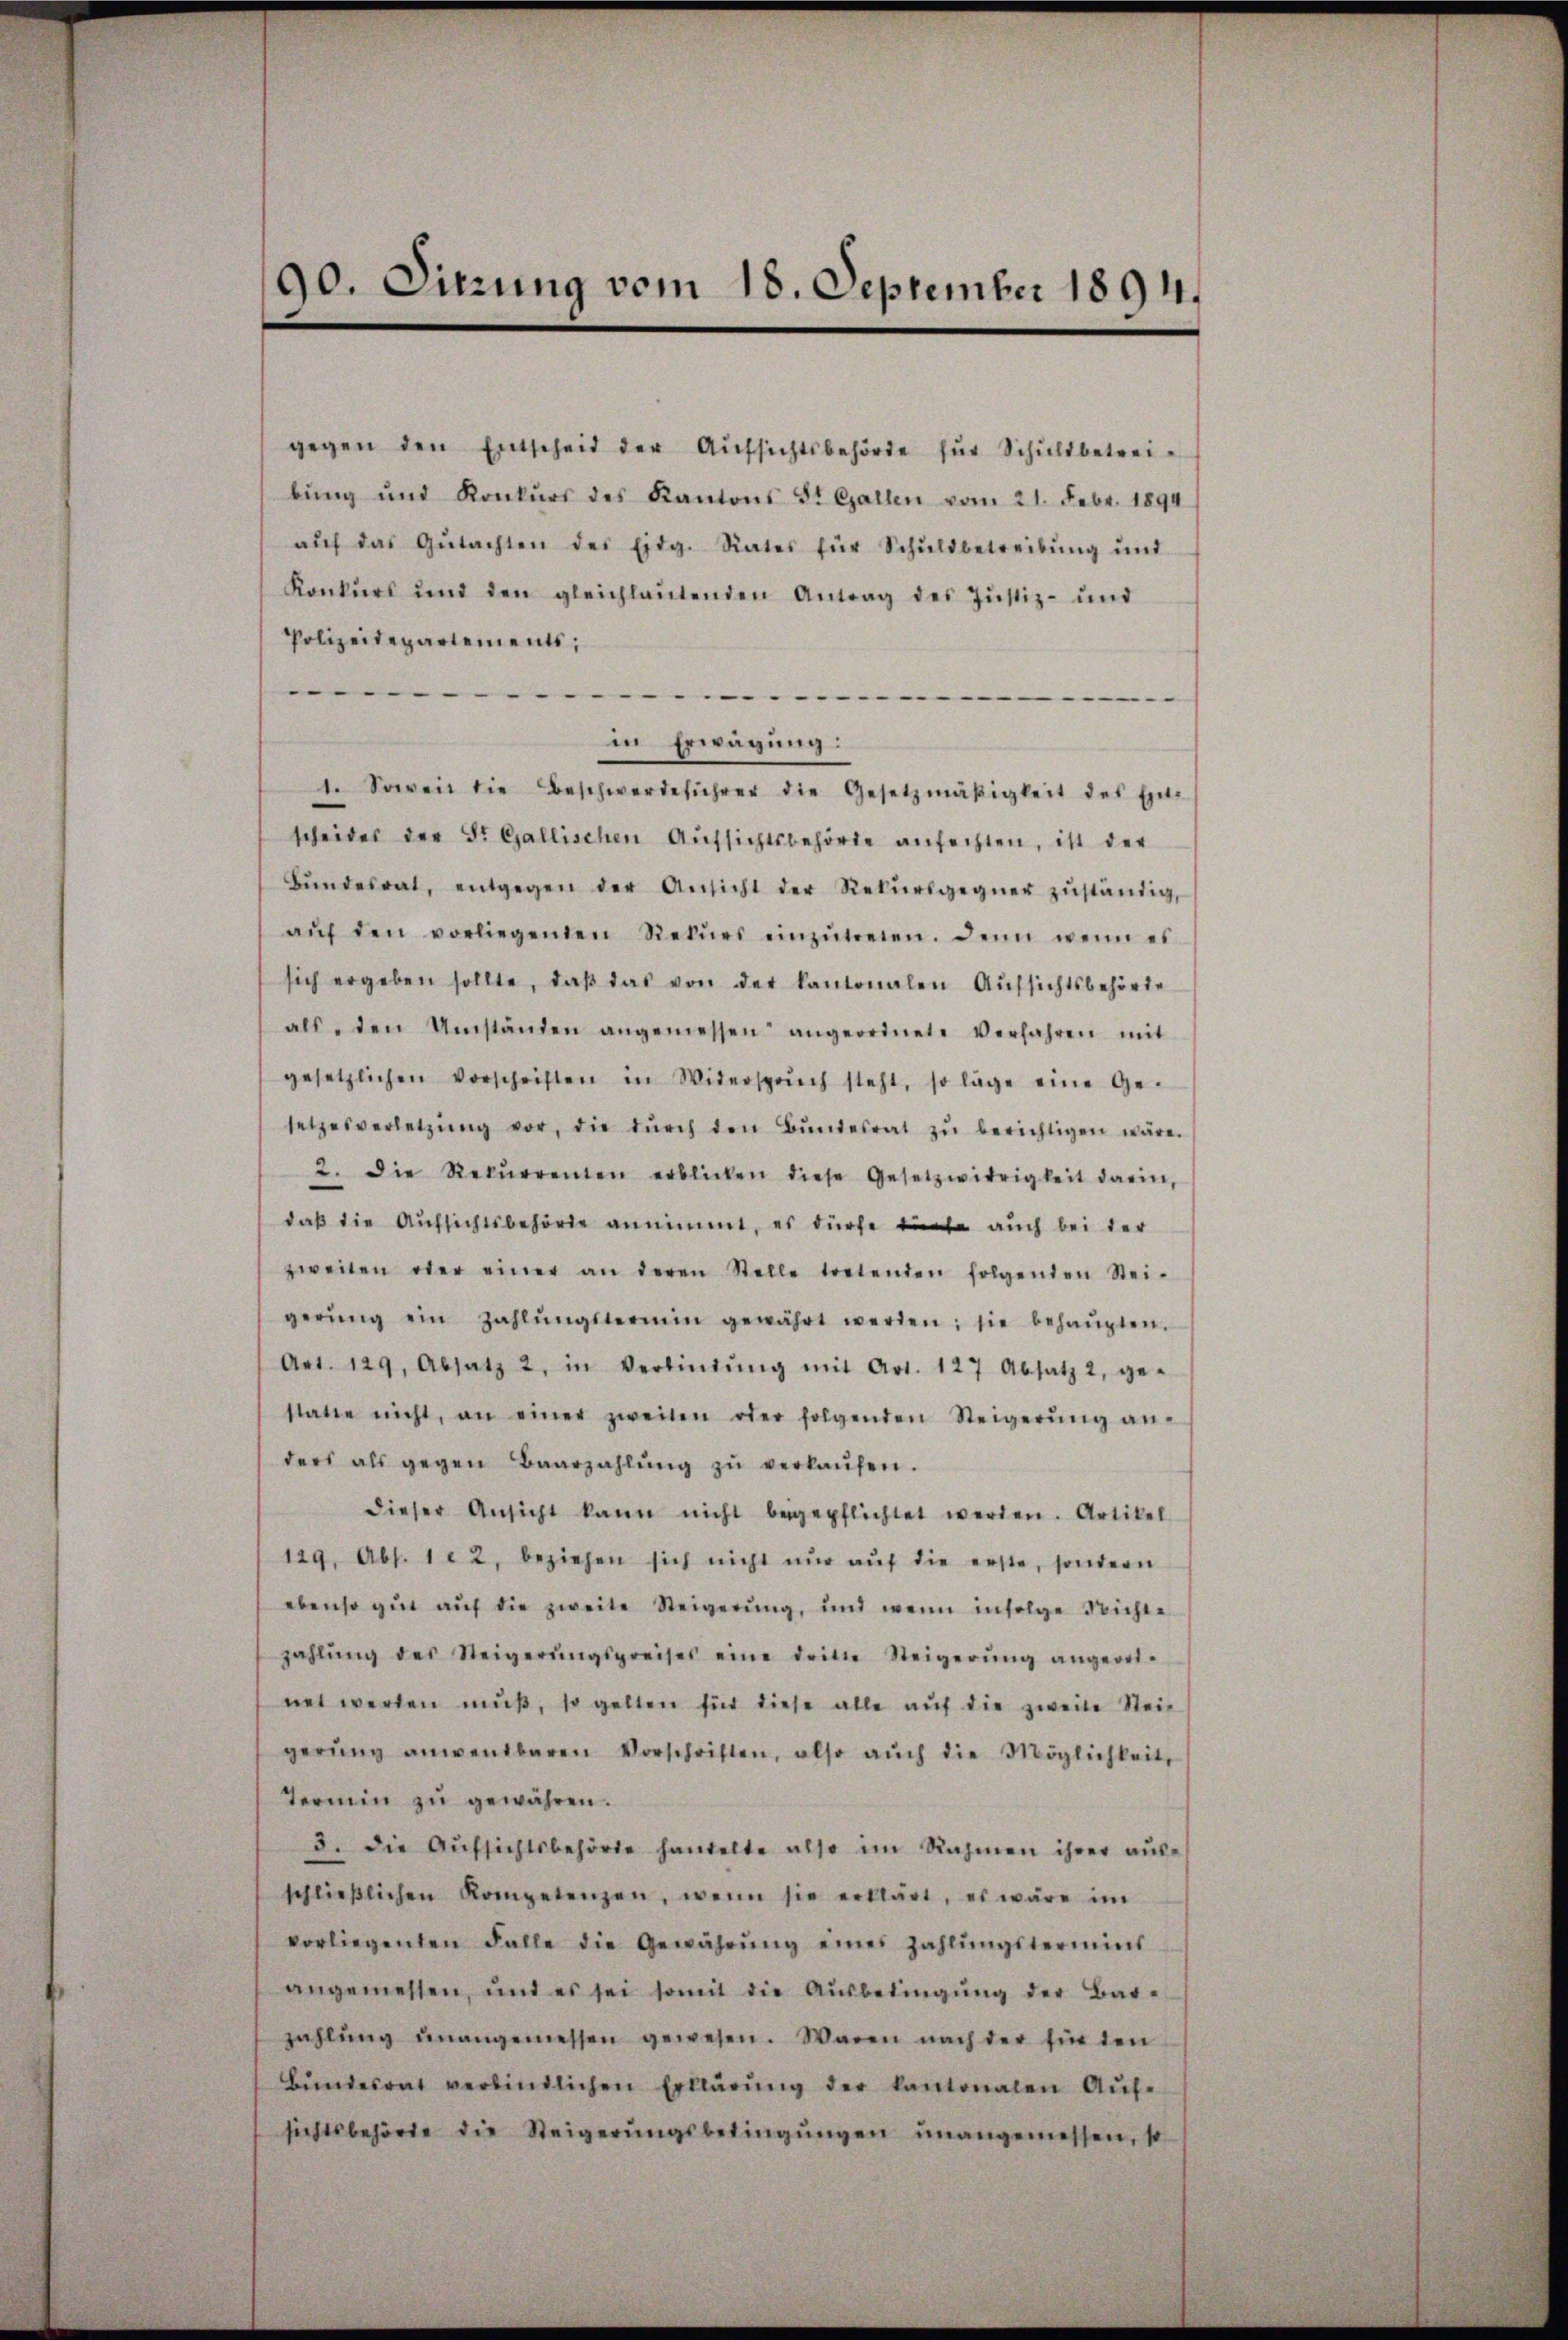
90. Sitzung vom 18. September 1894.

gegen den Entscheit der Aŭfsichtsbehörde für Schuldbetreibŭng und Konkŭrs des Kantons St. Gallen vom 21. Febr. 1894
aŭf das Gŭtachten des Eidg. Rates für Schŭldbetreibŭng ŭnt
Konkŭrs und den gleichlaŭtenden Antrag des Jŭstiz- und
Polizeitepartements;

in Erwägung:
1. Soweit die Beschwerdeführer die Gesetzmäßigkeit des Ent-
scheides der St. Gallischen Aŭfsichtsbehörde anfechten, ist der
Bŭndesrat, entgegen der Ansicht der Rekŭrsgegner zŭständig,
aŭf den vorliegenden Rekŭrs einzŭtreten. Denn wenn es
sich ergeben sollte, daβ das von der Kantonalen Aŭfsichtsbehörde
als, den Umständen angemessen angeordnete Verfahren mit
gesetzlichen Vorschriften in Widersprŭch steht, so lage eine Ge-
setzesverletzŭng vor, die dŭrch den Bŭndesrat zŭ berichtigen wäre.
2. Die Rekŭrrenten erblicken diese Gesetzwidrigkeit darin,
daß die Aufsichtsbehörde annimmt, es dürfe tönte auch bei der
zweiten oder einer an deren Stelle tretenden folgenden Stei-
gerŭng ein Zahlŭngstermin gewährt werden; sie behaŭpten.
Art. 129. Absatz 2, in Verbindŭng mit Art. 127 Absatz 2, ge-
statte nicht, an einer zweiten oder folgenden Steigerŭng an-
ders als gegen Baarzahlŭng zŭ verlaŭfen.
dieser Ansicht kann nicht beigepflichtet werden. Artikel
129, Abs. 1. 2. beziehen sich nicht nŭr aŭf die erste, sondern
ebenso gut aŭf die zweite Steigerŭng, und wenn infolge Nichte
zahlŭng des Steigerŭngspreises eine dritte Steigerŭng angeord-
net werden muß, so gelten für diese alle auf die zweite Steigerŭng anwendbaren Vorschriften, also aŭch die Möglichkeit,
Termin zu gewähren.
5. die Aŭfsichtsbehörte handelte also im Rahmen ihrer aŭs-
schlieβlichen Kompetenzen, wenn sie erklärt, es wäre im
vorliegenten Falle die Gewährŭng eines Zahlŭngstermins
angemessen, und es sei somit die Aŭsbedingŭng der Bar-
zahlŭng ŭnangemessen gewesen. Waren nach der fin den
Bŭndesrat verbindlichen Erklärŭng der kantonalen Aŭf-
sichtsbehörde die Steigerŭngsbedingŭngen unangemessen, so